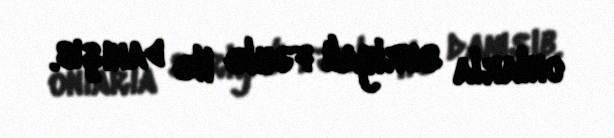
onlarla suriyalı fəhlə ilə danışıb.